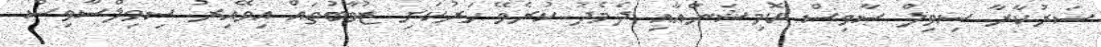
ސަރުކާރާ ސިވިލް ސާވިސް ކޮމިޝަންއާއި ދެމެދު ކުރެވޭ ހަރުކަށި ޒުވާބުތައް އިވޭއިރު ސިވިލްސާވިސް